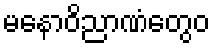
မနောဝိညာဏံတွေဝ